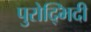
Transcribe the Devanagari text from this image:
पुरोद्भिदी